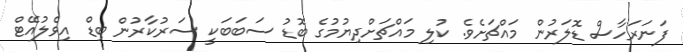
ފަނަރަހާސް ޑޮލަރުން މައްޗަށެވެ. ކުލި މައްޗަށްދިޔުމުގެ ބޮޑު ސަބަބަކީ ސަރުކާރުން ބިޑް އިވެލުއޭޓް